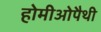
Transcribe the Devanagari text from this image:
होमीओपैथी